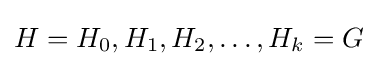
H=H_{0},H_{1},H_{2},\ldots ,H_{k}=G